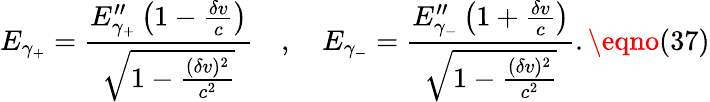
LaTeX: E_{\gamma_{+}}=\frac{E_{\gamma_{+}}^{\prime\prime}\left(1-\frac{\delta v}{c}\right)}{\sqrt{1-\frac{(\delta v)^{2}}{c^{2}}}}\quad,\quad E_{\gamma_{-}}=\frac{E_{\gamma_{-}}^{\prime\prime}\left(1+\frac{\delta v}{c}\right)}{\sqrt{1-\frac{(\delta v)^{2}}{c^{2}}}}.\eqno(37)